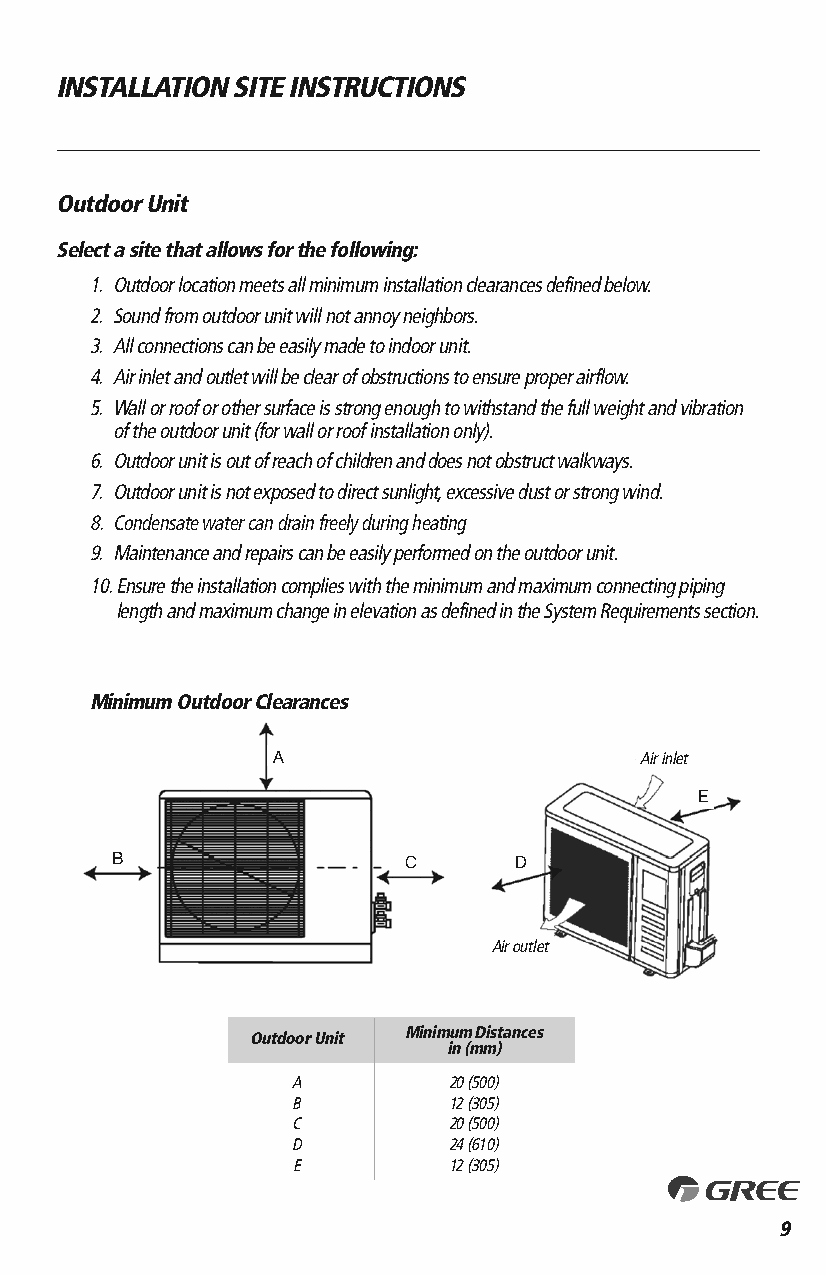
INSTALLATION SITE INSTRUCTIONS
 Outdoor Unit
 Select a site that allows for the following:
 1. Outdoor location meets all minimum installation clearances defined below.
 2. Sound from outdoor unit will not annoy neighbors.
 3. All connections can be easily made to indoor unit.
 4. Air inlet and outlet will be clear of obstructions to ensure proper airflow.
 5. Wall or roof or other surface is strong enough to withstand the full weight and vibration
 of the outdoor unit (for wall or roof installation only).
 6. Outdoor unit is out of reach of children and does not obstruct walkways.
 7. Outdoor unit is not exposed to direct sunlight, excessive dust or strong wind.
 8.Condensate water can drain freely during heating
 9. Maintenance and repairs can be easily performed on the outdoor unit.
 10. Ensure the installation complies with the minimum and maximum connecting piping
 length and maximum change in elevation as defined in the System Requirements section.
 Minimum Outdoor Clearances
 A                       Air inlet
 E
 B                   C      D
 Air outlet
 Minimum Distances
 Outdoor Unit
 in (mm)
 A          20 (500)
 B          12 (305)
 C          20 (500)
 D          24 (610)
 E          12 (305)
 9